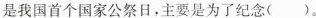
是我国首个国家公祭日，主要是为了纪念( )。